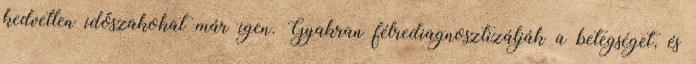
kedvetlen időszakokat már igen. Gyakran félrediagnosztizálják a betegséget, és